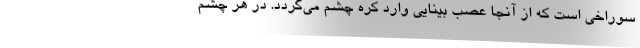
سوراخی است که از آنجا عصب بینایی وارد کره چشم می‌گردد. در هر چشم